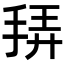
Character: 𭠴